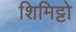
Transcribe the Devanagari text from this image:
शिमिट्टो